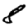
Digit: 8